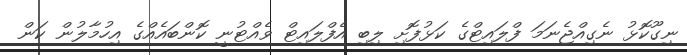
ނިގޫކޮޅު ނެގިއްޖެނަމަ ފްލައިޓްގެ ކަޅުފޮށި ލިބި އެފްލައިޓް ވެއްޓުނީ ކޮންބައެއްގެ އިހުމާލުން ކަން